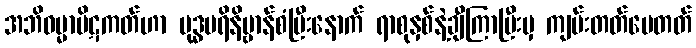
အဘိဓမ္မာပိဋကတ်ဟာ ဗုဒ္ဓပရိနိဗ္ဗာန်စံပြီးနောက် ရာစုနှစ်နဲ့ချီကြာပြီးမှ ကျမ်းတတ်ပေတတ်